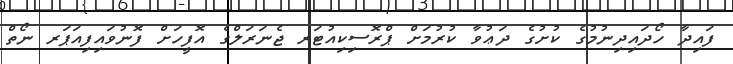
ފައިދާ ހޯދައިދިނުމުގެ ކުށުގެ ދަޢުވާ ކުރުމަށް ޕްރޮސިކިއުޓަރ ޖެނަރަލްގެ އޮފީހަށް ފޮނުވައިފިއަޕަރ ނޯތް